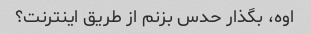
اوه، بگذار حدس بزنم از طریق اینترنت؟